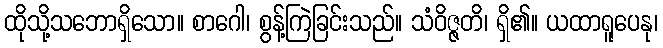
ထိုသို့သဘောရှိသော။ စာဂေါ၊ စွန့်ကြဲခြင်းသည်။ သံဝိဇ္ဇတိ၊ ရှိ၏။ ယထာရူပေနု၊